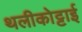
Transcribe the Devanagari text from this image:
थलीकोट्टाई